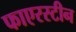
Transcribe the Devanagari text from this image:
फाएरस्टीन